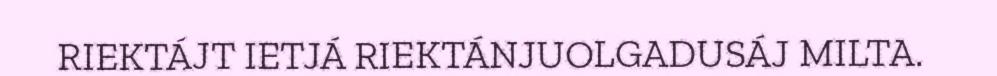
RIEKTÁJT IETJÁ RIEKTÁNJUOLGADUSÁJ MILTA.